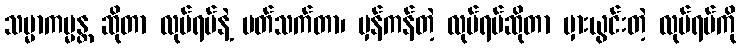
သမ္မာကမ္မန္တ ဆိုတာ လုပ်ရပ်နဲ့ ပတ်သက်တာ၊ မှန်ကန်တဲ့ လုပ်ရပ်ဆိုတာ မှားယွင်းတဲ့ လုပ်ရပ်ကို